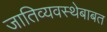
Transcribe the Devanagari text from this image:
जातिव्यवस्थेबाबत